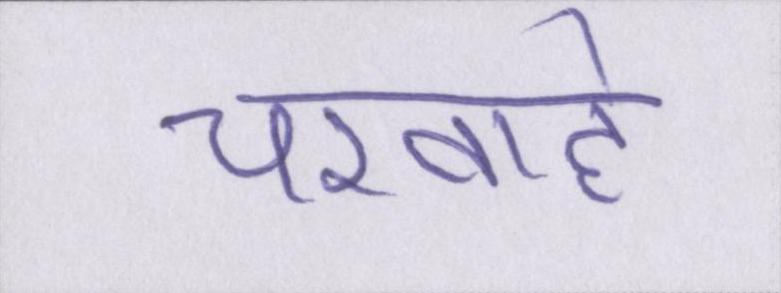
चरवाहे